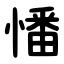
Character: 憣